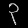
Digit: ၃